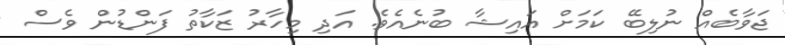
ޖަވާބެއް ނުލިބޭ ކަމަށް އައިޝާ ބުނެއެވެ. އަދި މިހާރު ޒަކާތު ފަންޑުން ވެސް